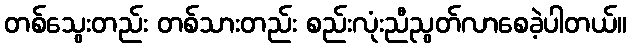
တစ်သွေးတည်း တစ်သားတည်း စည်းလုံးညီညွတ်လာစေခဲ့ပါတယ်။